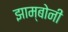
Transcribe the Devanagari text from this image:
झाम्बोनी